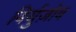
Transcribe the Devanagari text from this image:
बिर्युज़ोव